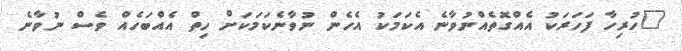
"ހުރިހާ ފަހަރަކު އެއްގޮތެއްނުވާނެ އެކަމަކު އެހެން ނުވާނެކަމަކަށް ހިތް އެއްބަހެއް ވެސް ނުވާނެ